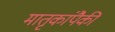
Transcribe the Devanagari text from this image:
मातृकांपैकी